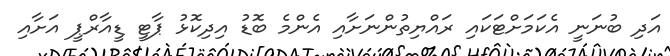
އަދި ބުނަނީ އެކަމަށްޓަކައި ރައްޔިތުންނަށާއި އެންމެ ބޮޑު އިދިކޮޅު ޕާޓީ ޑީއާރްޕީ އަށާއި